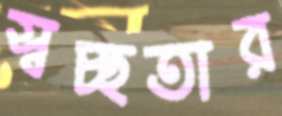
স্বচ্ছতার